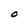
Character: O